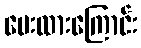
ပေးထားကြောင်း